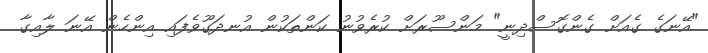
"އޭނަގެ ގެއަށް ގެންގޮސްދިނީ" މަންސޫރަށް ކުރެވުނު ކަންތަކުން އުނދަގޫވެފައި އިންހެން އޭނަ ލާއިގާ